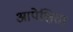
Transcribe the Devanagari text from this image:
आपेक्षिता